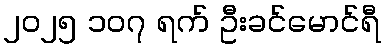
၂၀၂၅ ၁၀၇ ရက် ဦးခင်မောင်ရီ